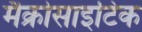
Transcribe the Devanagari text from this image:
मैक्रोसाइटिक